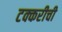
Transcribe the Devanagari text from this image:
टक्करीची